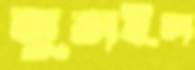
জুতাইল